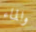
والماء